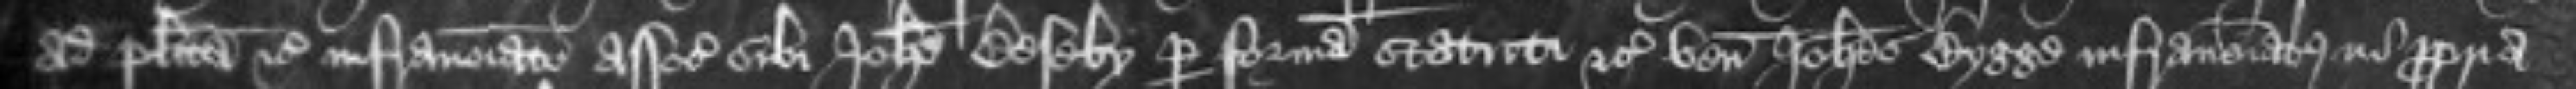
ad placita etc infranominato associato sibi Johanne Beseby per formam statuti etc venit Johannes Bygge infranominatus in propria